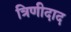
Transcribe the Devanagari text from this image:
त्रिणीदाद